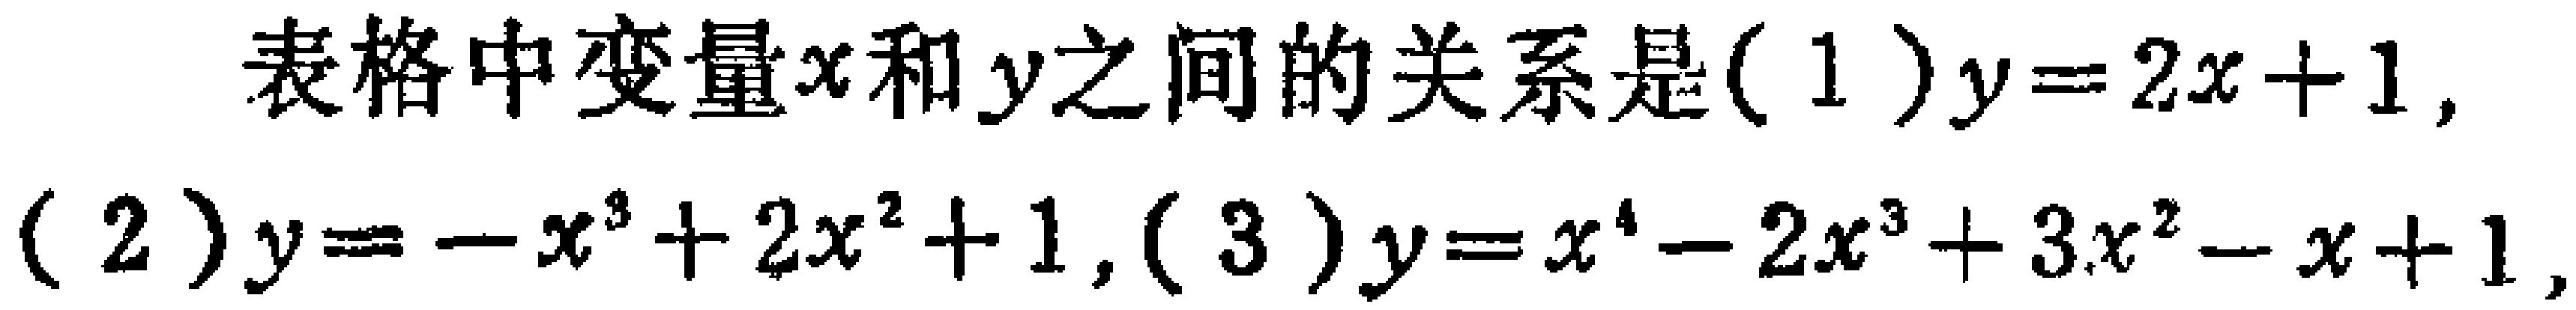
表格中变量\(x\)和\(y\)之间的关系是\((1)y = 2x + 1\)，\((2)y=-x^{3}+2x^{2}+1\)，\((3)y = x^{4}-2x^{3}+3x^{2}-x + 1\)，